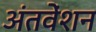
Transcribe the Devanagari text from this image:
अंतवेंशन